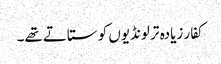
کفار زیادہ تر لونڈیوں کو ستاتے تھے۔